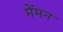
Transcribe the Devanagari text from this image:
मेंमन